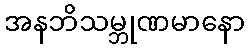
အနဘိသမ္ဘုဏမာနော